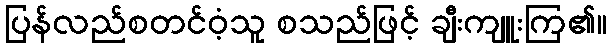
ပြန်လည်စတင်ဝံ့သူ စသည်ဖြင့် ချီးကျူးကြ၏။